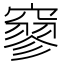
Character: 𥧯